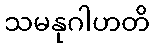
သမနုဂါဟတိ